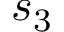
s _ { 3 }